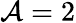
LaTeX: \mathcal{A}=2